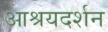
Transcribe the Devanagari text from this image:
आश्रयदर्शन